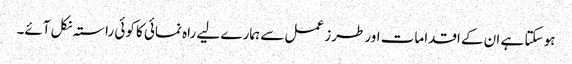
ہو سکتا ہے ان کے اقدامات اور طرز عمل سے ہمارے لیے راہ نمائی کا کوئی راستہ نکل آئے۔